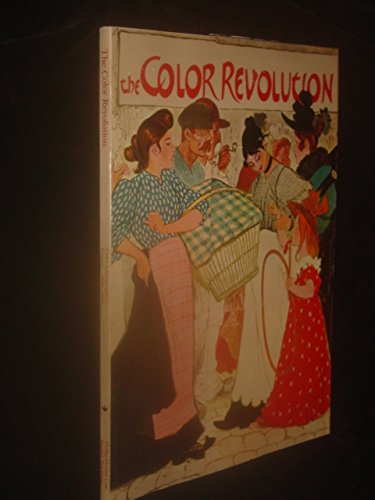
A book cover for The Color Revolution: Color Lithography in France, 1890-1900; Phillip Dennis Cate; Arts & Photography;